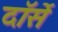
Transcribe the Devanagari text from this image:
दॉर्से